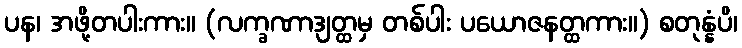
ပန၊ အဖို့တပါးကား။ (လက္ခဏာဒျတ္ထမှ တစ်ပါး ပယောဇနတ္ထကား။) စတုန္နံပိ၊